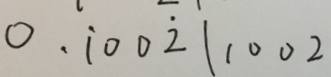
0 . \dot { 1 } 0 0 \dot { 2 } \vert 1 0 0 2